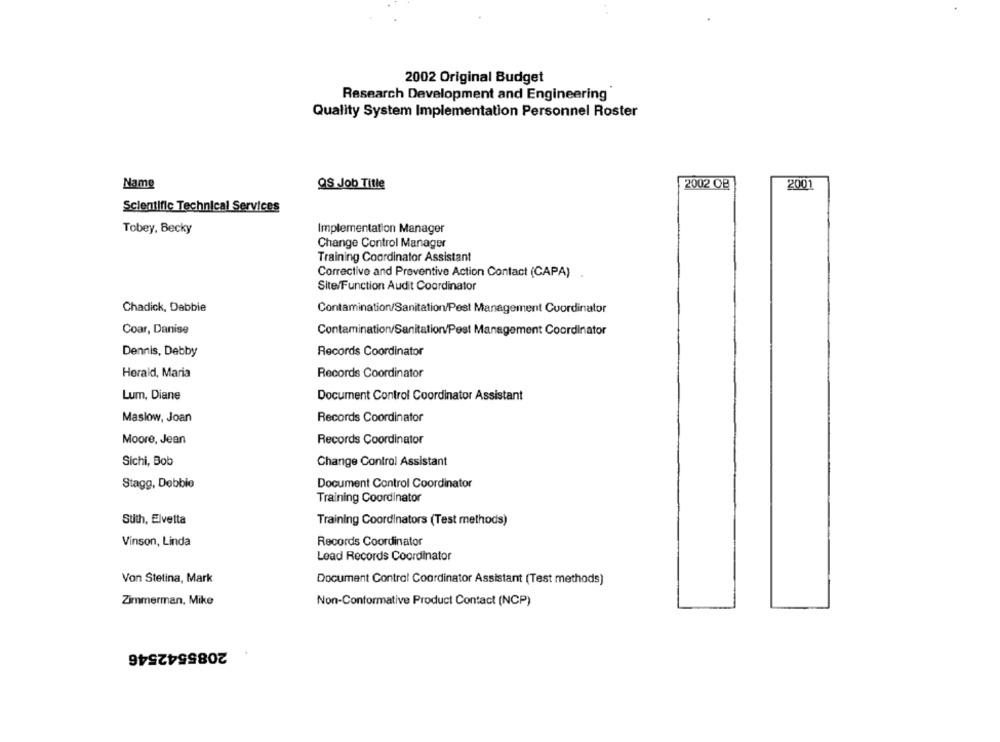
2002 Original Budget
Research Development and Engineering
Quality System Implementation Personnel Roster
Name
QS Job Title
2002 CB
2001
Scientific Technical Services
Tobey, Becky
Implementation Manager
Change Control Manager
Training Coordinator Assistant
Correctivo and Preventive Action Contact (CAPA)
Site/Function Audit Coordinator
Chadick, Dabbie
Contamination/Sanitation/Pest Management Coordinator
Coar, Danise
Contamination/Sanitation/Pest Management Coordinator
Dennis, Debby
Records Coordinator
Heraid, Maria
Records Coordinator
Lum, Diane
Document Control Coordinator Assistant
Maslow, Joan
Records Coordinator
Moore, Jean
Records Coordinator
Sichi, Bob
Change Control Assistant
Stagg, Debbie
Document Control Coordinator
Training Coordinator
Stith, Elvetta
Training Coordinators (Test methods)
Records Coordinator
Vinson, Linda
Lead Records Coordinator
Von Stetina, Mark
Document Control Coordinator Assistant (Test methods)
Zimmerman, Mike
Non-Conformative Product Contact (NCP)
2085542546